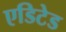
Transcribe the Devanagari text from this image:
एडिटेड